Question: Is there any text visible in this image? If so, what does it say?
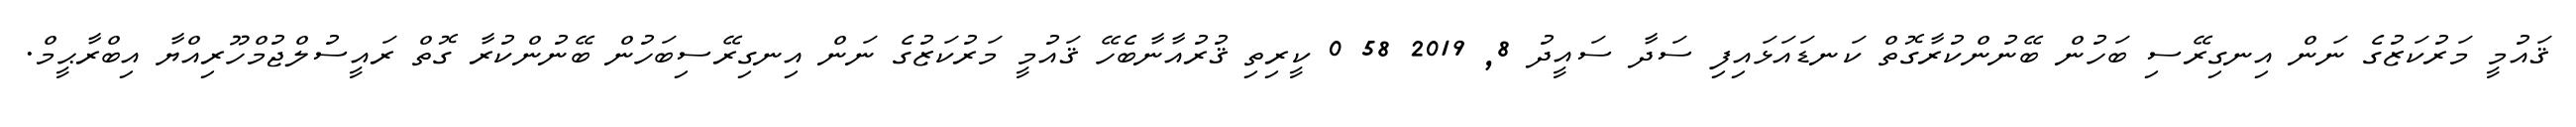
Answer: ޤައުމީ މަރުކަޒުގެ ނަން އިނގިރޭސި ބަހުން ބޭނުންކުރާގޮތް ކަނޑައަޅައިފި ސަދާ ސައީދު 8, 2019 58 0 ކީރިތި ޤުރުއާނާބެހޭ ޤައުމީ މަރުކަޒުގެ ނަން އިނގިރޭސިބަހުން ބޭނުންކުރާ ގޮތް ރައީސުލްޖުމްހޫރިއްޔާ އިބްރާޙީމް.